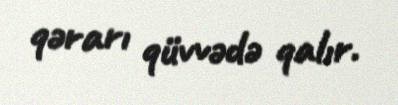
qərarı qüvvədə qalır.